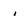
Character: i